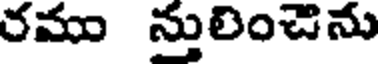
రము నులించిను